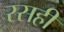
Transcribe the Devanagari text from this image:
रसही